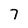
Character: 7